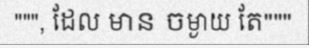
""", ដែល មាន ចម្ងាយ តែ"""